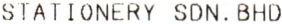
STATIONERY SDN. BHD